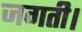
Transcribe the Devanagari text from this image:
जगती।